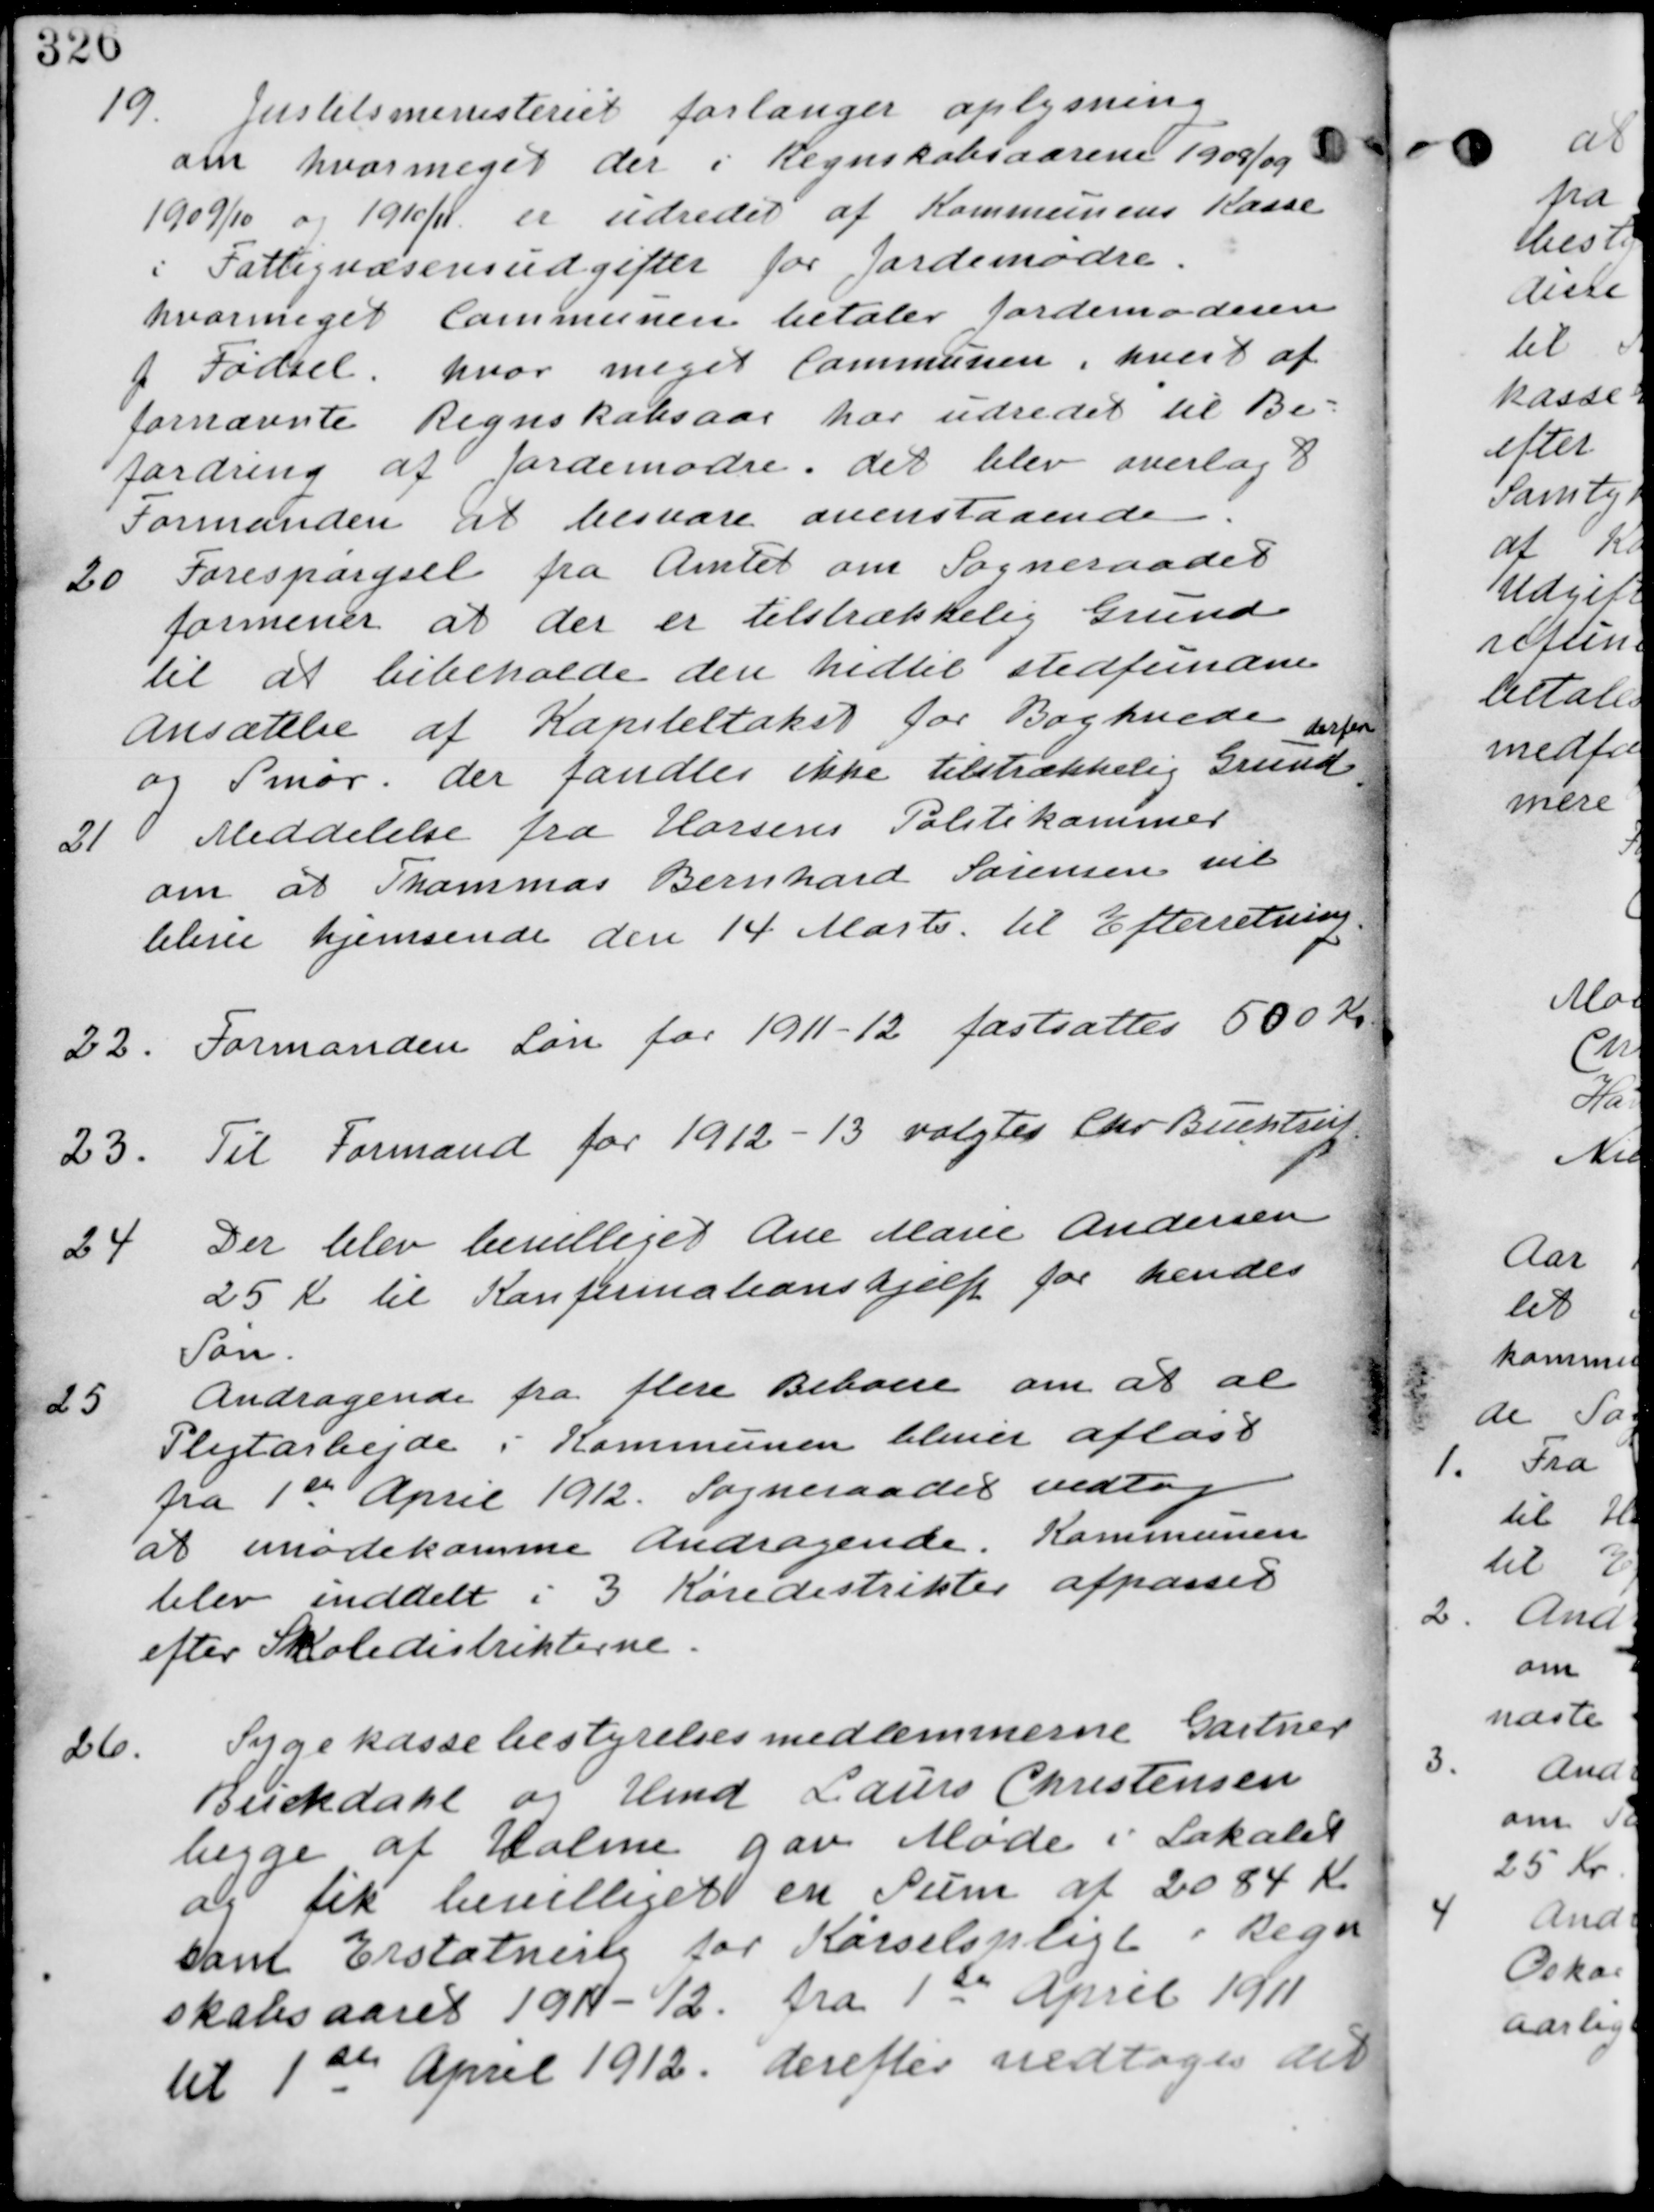
Transskription:
19.
Justitsministeriet forlanger oplysning
om hvormeget der i Regnskabsaaret 1908/09
1909/10 og 1910/11 er udredet af Kommunens Kasse
i Fattigvæsenudgifter for Jordemødre.
hvormeget Communen betaler Jordemoderen
f Fødsel. hvor meget Communen i hvert af
fornævnte Regnskabsaar har udredet til Be-
fordring af Jordemødre. det blev overlag t
Formanden at besvare ovenstaaende.

20. Forespørgsel fra Amtet om Sogneraadet
formener at der er tilstrækkelig Grund
til at bibeholde den hidtil stedfundne
ansættelse af Kapiteltakst for Boghvede
og Smør. der fandtes ikke tilstrækkelig Grund
herfor

21.
Meddelelse fra Horsens Politikammer
om at Thommas Bernhard Sørensen vil
blive hjemsendt den 14 Marts til Efterretning

22.
Formandens Løn for 1911-12 fastsættes 500 Kr

23.
Til Formand for 1912-13 valgtes Chr. Buchtrup.

24. Der blev bevilliget Ane Marie Andersen
25 Kr til Konfirmationshjælp for hendes
Søn.

25.
Andragende fra flere beboere om at al
Pligtarbejde i Kommunen bliver afløst
fra 1th April 1912. Sogneraadet vedtog
at imødekomme Andragende. Kommunen
blev inddelt i 3 Køredistrikter afpasset
efter Skoledistrikterne.

26.
Sygekassebestyrelsesmedlemmerne Gartner
Buckdahl og Hmd Lauris Christensen
begge af Holme gav Møde i Lokalet
og fik bevilliget en Sum af 2084 Kr
som Erstatning for Kørselspligt i Regn-
skabsaaret 1911-12 fra 1st April 1911
til 1st April 1912. Derefter nedtages det